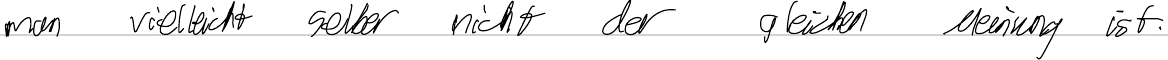
man vielleicht selber nicht der gleichen Meinung ist.